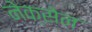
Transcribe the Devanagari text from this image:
नेक्सेन